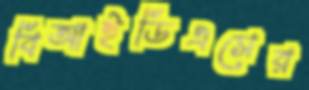
বিআইডিএসের